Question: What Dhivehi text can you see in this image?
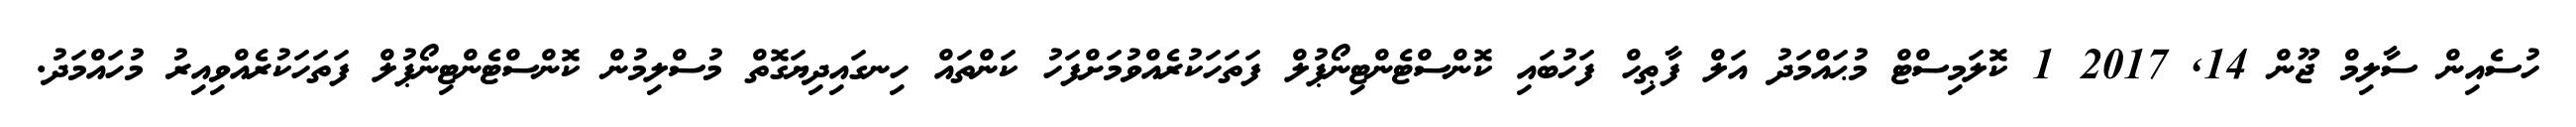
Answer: ހުސެއިން ސާލިމް ޖޫން 14, 2017 1 ކޮލަމިސްޓް މުޙައްމަދު އަލް ފާޠިހް ފަހުބައި ކޮންސްޓެންޓިނޯޕުލް ފަތަހަކުރެއްވުމަށްފަހު ކަންތައް ހިނގައިދިޔަގޮތް މުސްލިމުން ކޮންސްޓެންޓިނޯޕުލް ފަތަހަކުރެއްވިއިރު މުހައްމަދު.